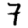
Digit: 7